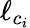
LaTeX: \ell_{c_{i}}